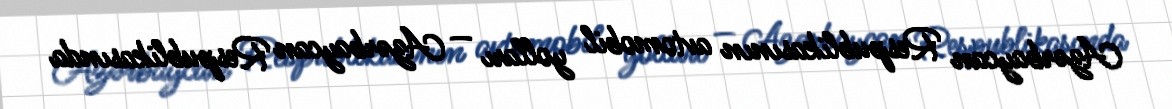
Azərbaycan Respublikasının avtomobil yolları — Azərbaycan Respublikasında